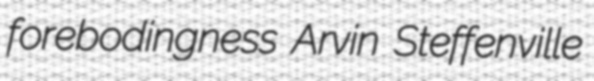
forebodingness Arvin Steffenville